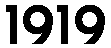
1919